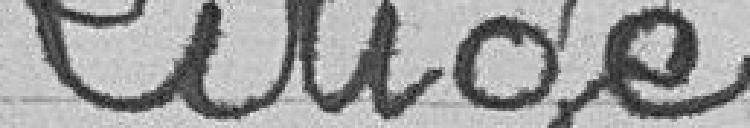
Litige